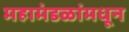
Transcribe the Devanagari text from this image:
महामंडळांमधून